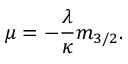
\mu = - \frac { \lambda } { \kappa } m _ { 3 / 2 } .